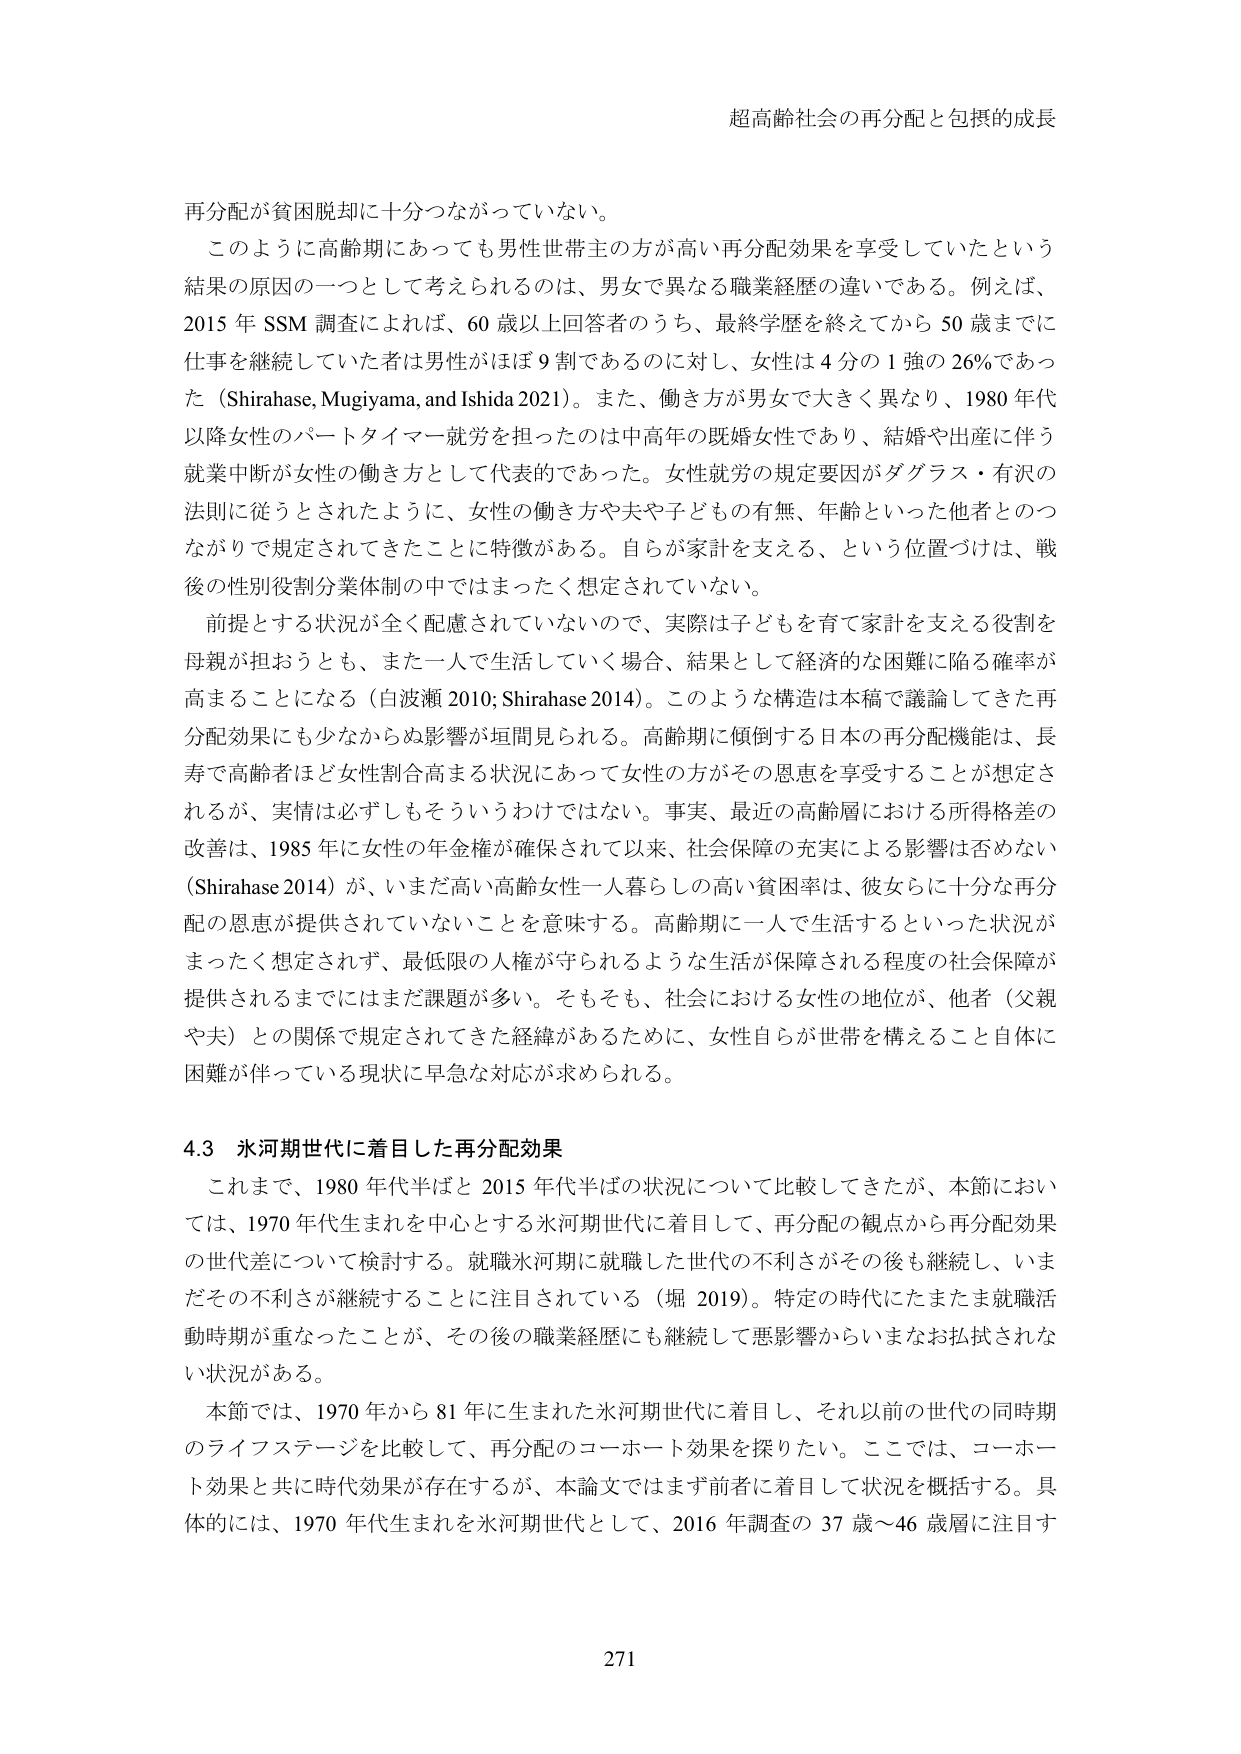
超高齢社会の再分配と包摂的成長

再分配が貧困脱却に十分つながっていない。

このように高齢期にあっても男性世帯主の方が高い再分配効果を享受していたという
結果の原因の一つとして考えられるのは、男女で異なる職業経歴の違いである。例えば、
2015 年 SSM 調査によれば、60 歳以上回答者のうち、最終学歴を終えてから 50 歳までに
仕事を継続していた者は男性がほぼ 9 割であるのに対し、女性は 4 分の 1 強の 26％であっ
た（Shirahase, Mugiyma, and Ishida 2021）。また、働き方が男女で大きく異なり、1980 年代
以降女性のパートタイマー就労を担ったのは中高年の既婚女性であり、結婚や出産に伴う
就業中断が女性の働き方として代表的であった。女性就労の規定要因がダグラス・有沢の
法則に従うとされたように、女性の働き方や夫や子ども の有無、年齢といった他者とのつ
ながりで規定されてきたことに特徴がある。自らが家計を支える、という位置づけは、戦
後の性別役割分業体制の中ではまったく想定されていない。

前提とする状況が全く配慮されていないので、実際は子どもを育て家計を支える役割を
母親が担おうとも、また一人で生活していく場合、結果として経済的な困難に陥る確率が
高まることになる（白波瀬 2010; Shirahase 2014）。このような構造は本稿で議論してきた再
分配効果にも少なからぬ影響が垣間見られる。高齢期に傾倒する日本の再分配機能は、長
寿で高齢者ほど女性割合高まる状況にあって女性の方がその恩恵を享受することが想定さ
れるが、実情は必ずしもそういうわけではない。事実、最近の高齢層における所得格差の
改善は、1985 年に女性の年金権が確保されて以来、社会保障の充実による影響は否めない
（Shirahase 2014）が、いまだ高い高齢女性一人暮らしの高い貧困率は、彼女らに十分な再分
配の恩恵が提供されていないことを意味する。高齢期に一人で生活するといった状況が
まったく想定されず、最低限の人権が守られるような生活が保障される程度の社会保障が
提供されるまでにはまだ課題が多い。そもそも、社会における女性の地位が、他者（父親
や夫）との関係で規定されてきた経緯があるために、女性自らが世帯を構えること自体に
困難が伴っている現状に早急な対応が求められる。

4.3 水河期世代に着目した再分配効果

これまで、1980 年代半ばと 2015 年代半ばの状況について比較してきたが、本節におい
ては、1970 年代生まれを中心とする水河期世代に着目して、再分配の観点から再分配効果
の世代差について検討する。就職氷河期に就職した世代の不利さがその後も継続し、いま
だその不利さが継続することに注目されている（堀 2019）。特定の時代にたまたま就職活
動時期が重なったことが、その後の職業経歴にも継続して悪影響からいまだお払拭されな
い状況がある。

本節では、1970 年から 81 年に生まれた氷河期世代に着目し、それ以前の世代の同時期
のライフステージを比較して、再分配のコーホート効果を探りたい。ここでは、コーホー
ト効果と共に時代効果が存在するが、本論文ではまず前者に着目して状況を概括する。具
体的には、1970 年代生まれを氷河期世代として、2016 年調査の 37 歳～46 歳層に注目す

271